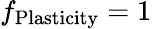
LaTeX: f_{\mathrm{Plasticity}}=1